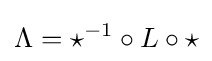
\Lambda =\star ^{-1}\circ L\circ \star